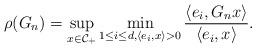
LaTeX: \begin{align*}\rho( G_n ) = \sup_{ x \in \mathcal{C}_+ } \min_{ 1 \leq i \leq d, \langle e_i, x \rangle > 0 } \frac{ \langle e_i, G_n x \rangle }{ \langle e_i, x \rangle}. \end{align*}